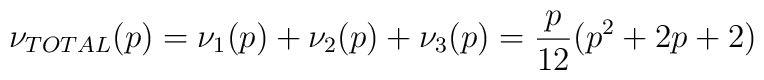
\nu_{TOTAL}(p) = \nu_1(p) + \nu_2(p) + \nu_3(p) = \frac{p}{12}(p^2+2p+2)